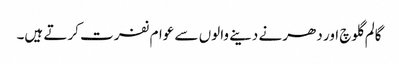
گالم گلوچ اور دھرنے دینے والوں سے عوام نفرت کرتے ہیں۔